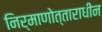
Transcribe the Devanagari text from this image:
निर्माणोत्ताराधीन